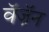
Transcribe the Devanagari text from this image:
वॅज़ॅन